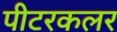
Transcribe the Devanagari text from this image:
पीटरकलर